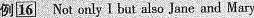
例16Not only I but also Jane and Mary